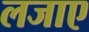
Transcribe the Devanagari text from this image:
लजाए